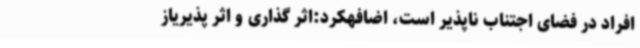
افراد در فضای اجتناب ناپذیر است، اضافهکرد:اثر گذاری و اثر پذیریاز